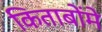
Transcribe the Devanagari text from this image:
किताबोंमे